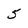
Character: 5